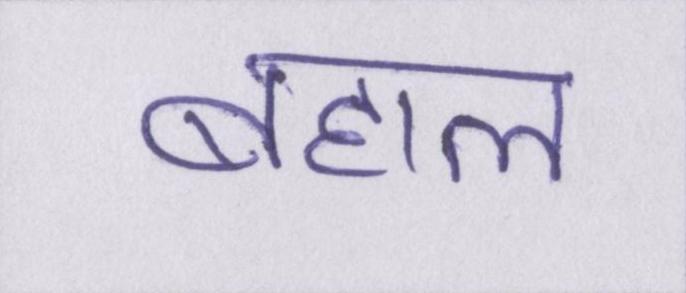
बहाल